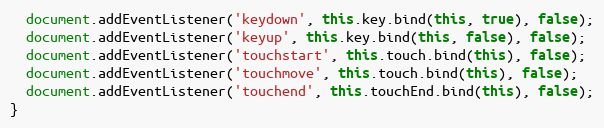
Language: JavaScript
  document.addEventListener('keydown', this.key.bind(this, true), false);
  document.addEventListener('keyup', this.key.bind(this, false), false);
  document.addEventListener('touchstart', this.touch.bind(this), false);
  document.addEventListener('touchmove', this.touch.bind(this), false);
  document.addEventListener('touchend', this.touchEnd.bind(this), false);
}